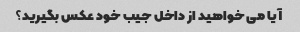
آیا می خواهید از داخل جیب خود عکس بگیرید؟